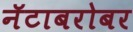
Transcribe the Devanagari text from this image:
नॅटाबरोबर